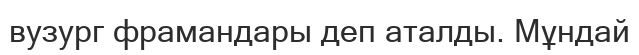
вузург фрамандары деп аталды. Мұндай